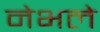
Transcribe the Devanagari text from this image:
नेभले